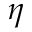
\eta